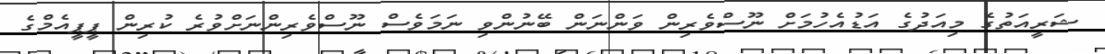
ޝަރީއަތުގެ މިއަދުގެ އަޑުއެހުމަށް ނޫސްވެރިން ވަންނަން ބޭނުންވި ނަމަވެސް ނޫސްވެރިންނަށްވުރެ ކުރިން ޕީޕީއެމްގެ